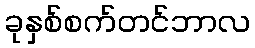
ခုနှစ်စက်တင်ဘာလ